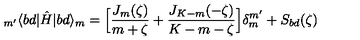
_ { m ^ { \prime } } \langle b d | \hat { H } | b d \rangle _ { m } = \Big [ \frac { J _ { m } ( \zeta ) } { m + \zeta } + \frac { J _ { K - m } ( - \zeta ) } { K - m - \zeta } \Big ] \delta _ { m } ^ { m ^ { \prime } } + S _ { b d } ( \zeta )